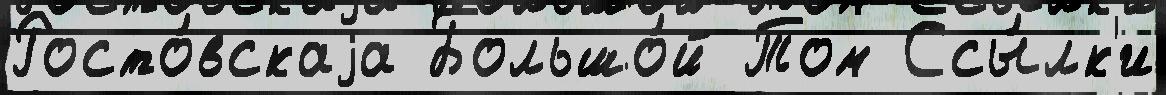
Росто́вскаjа Большо́й Том Ссы́лк'и